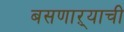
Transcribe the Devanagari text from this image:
बसणाऱ्याची